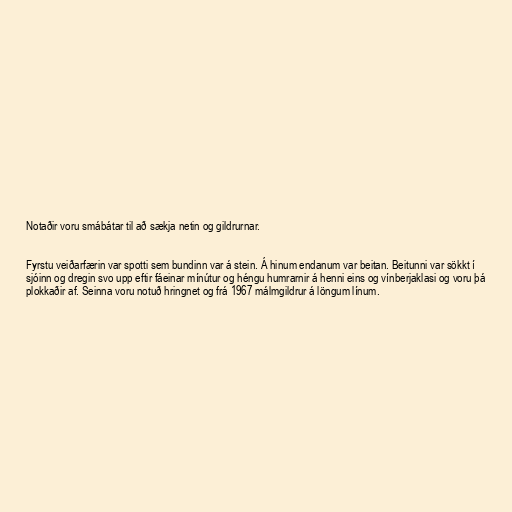
Notaðir voru smábátar til að sækja netin og gildrurnar.

Fyrstu veiðarfærin var spotti sem bundinn var á stein. Á hinum endanum var beitan. Beitunni var sökkt í
sjóinn og dregin svo upp eftir fáeinar mínútur og héngu humrarnir á henni eins og vínberjaklasi og voru þá
plokkaðir af. Seinna voru notuð hringnet og frá 1967 málmgildrur á löngum línum.